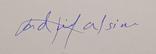
Signature authenticity: genuine